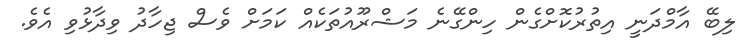
ލިބޭ އާމްދަނީ އިތުރުކޮށްގެން ހިންގޭނެ މަޝްރޫއުތަކެއް ކަމަށް ވެސް ޖިހާދު ވިދާޅުވި އެވެ.